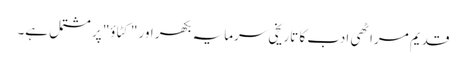
قدیم مراٹھی ادب کا تاریخی سرمایہ بکھر اور "کٹاؤ" پر مشتمل ہے۔